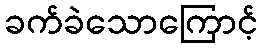
ခက်ခဲသောကြောင့်